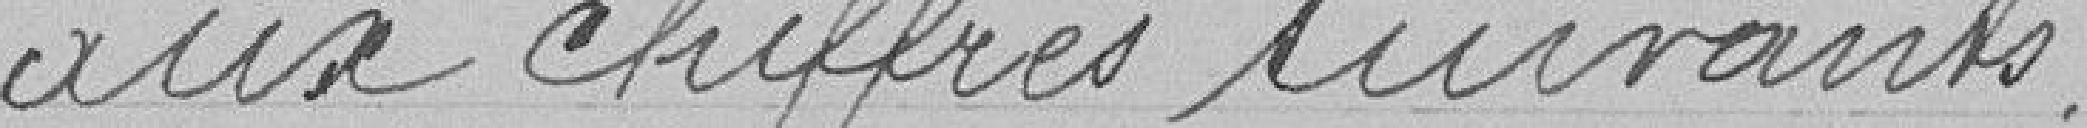
aux chiffres suivants.